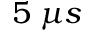
5 \; \mu s